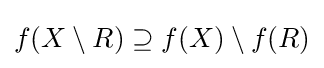
f(X\setminus R)\supseteq f(X)\setminus f(R)